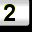
Digit: 2